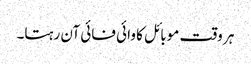
ہر وقت موبائل کا وائی فائی آن رہتا۔